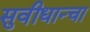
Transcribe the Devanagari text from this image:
सुवीधान्चा